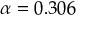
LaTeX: \alpha = 0 . 3 0 6